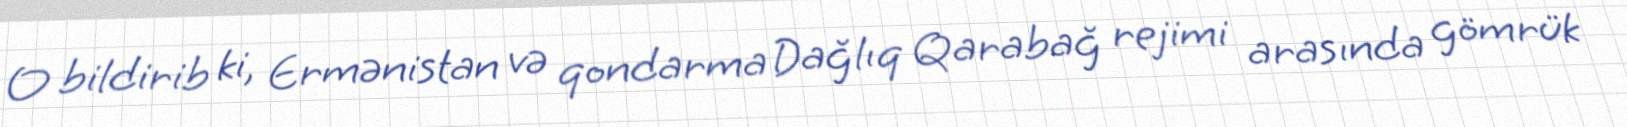
O bildirib ki, Ermənistan və qondarma Dağlıq Qarabağ rejimi arasında gömrük